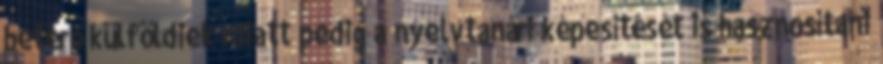
betérő külföldiek miatt pedig a nyelvtanári képesítését is hasznosítani